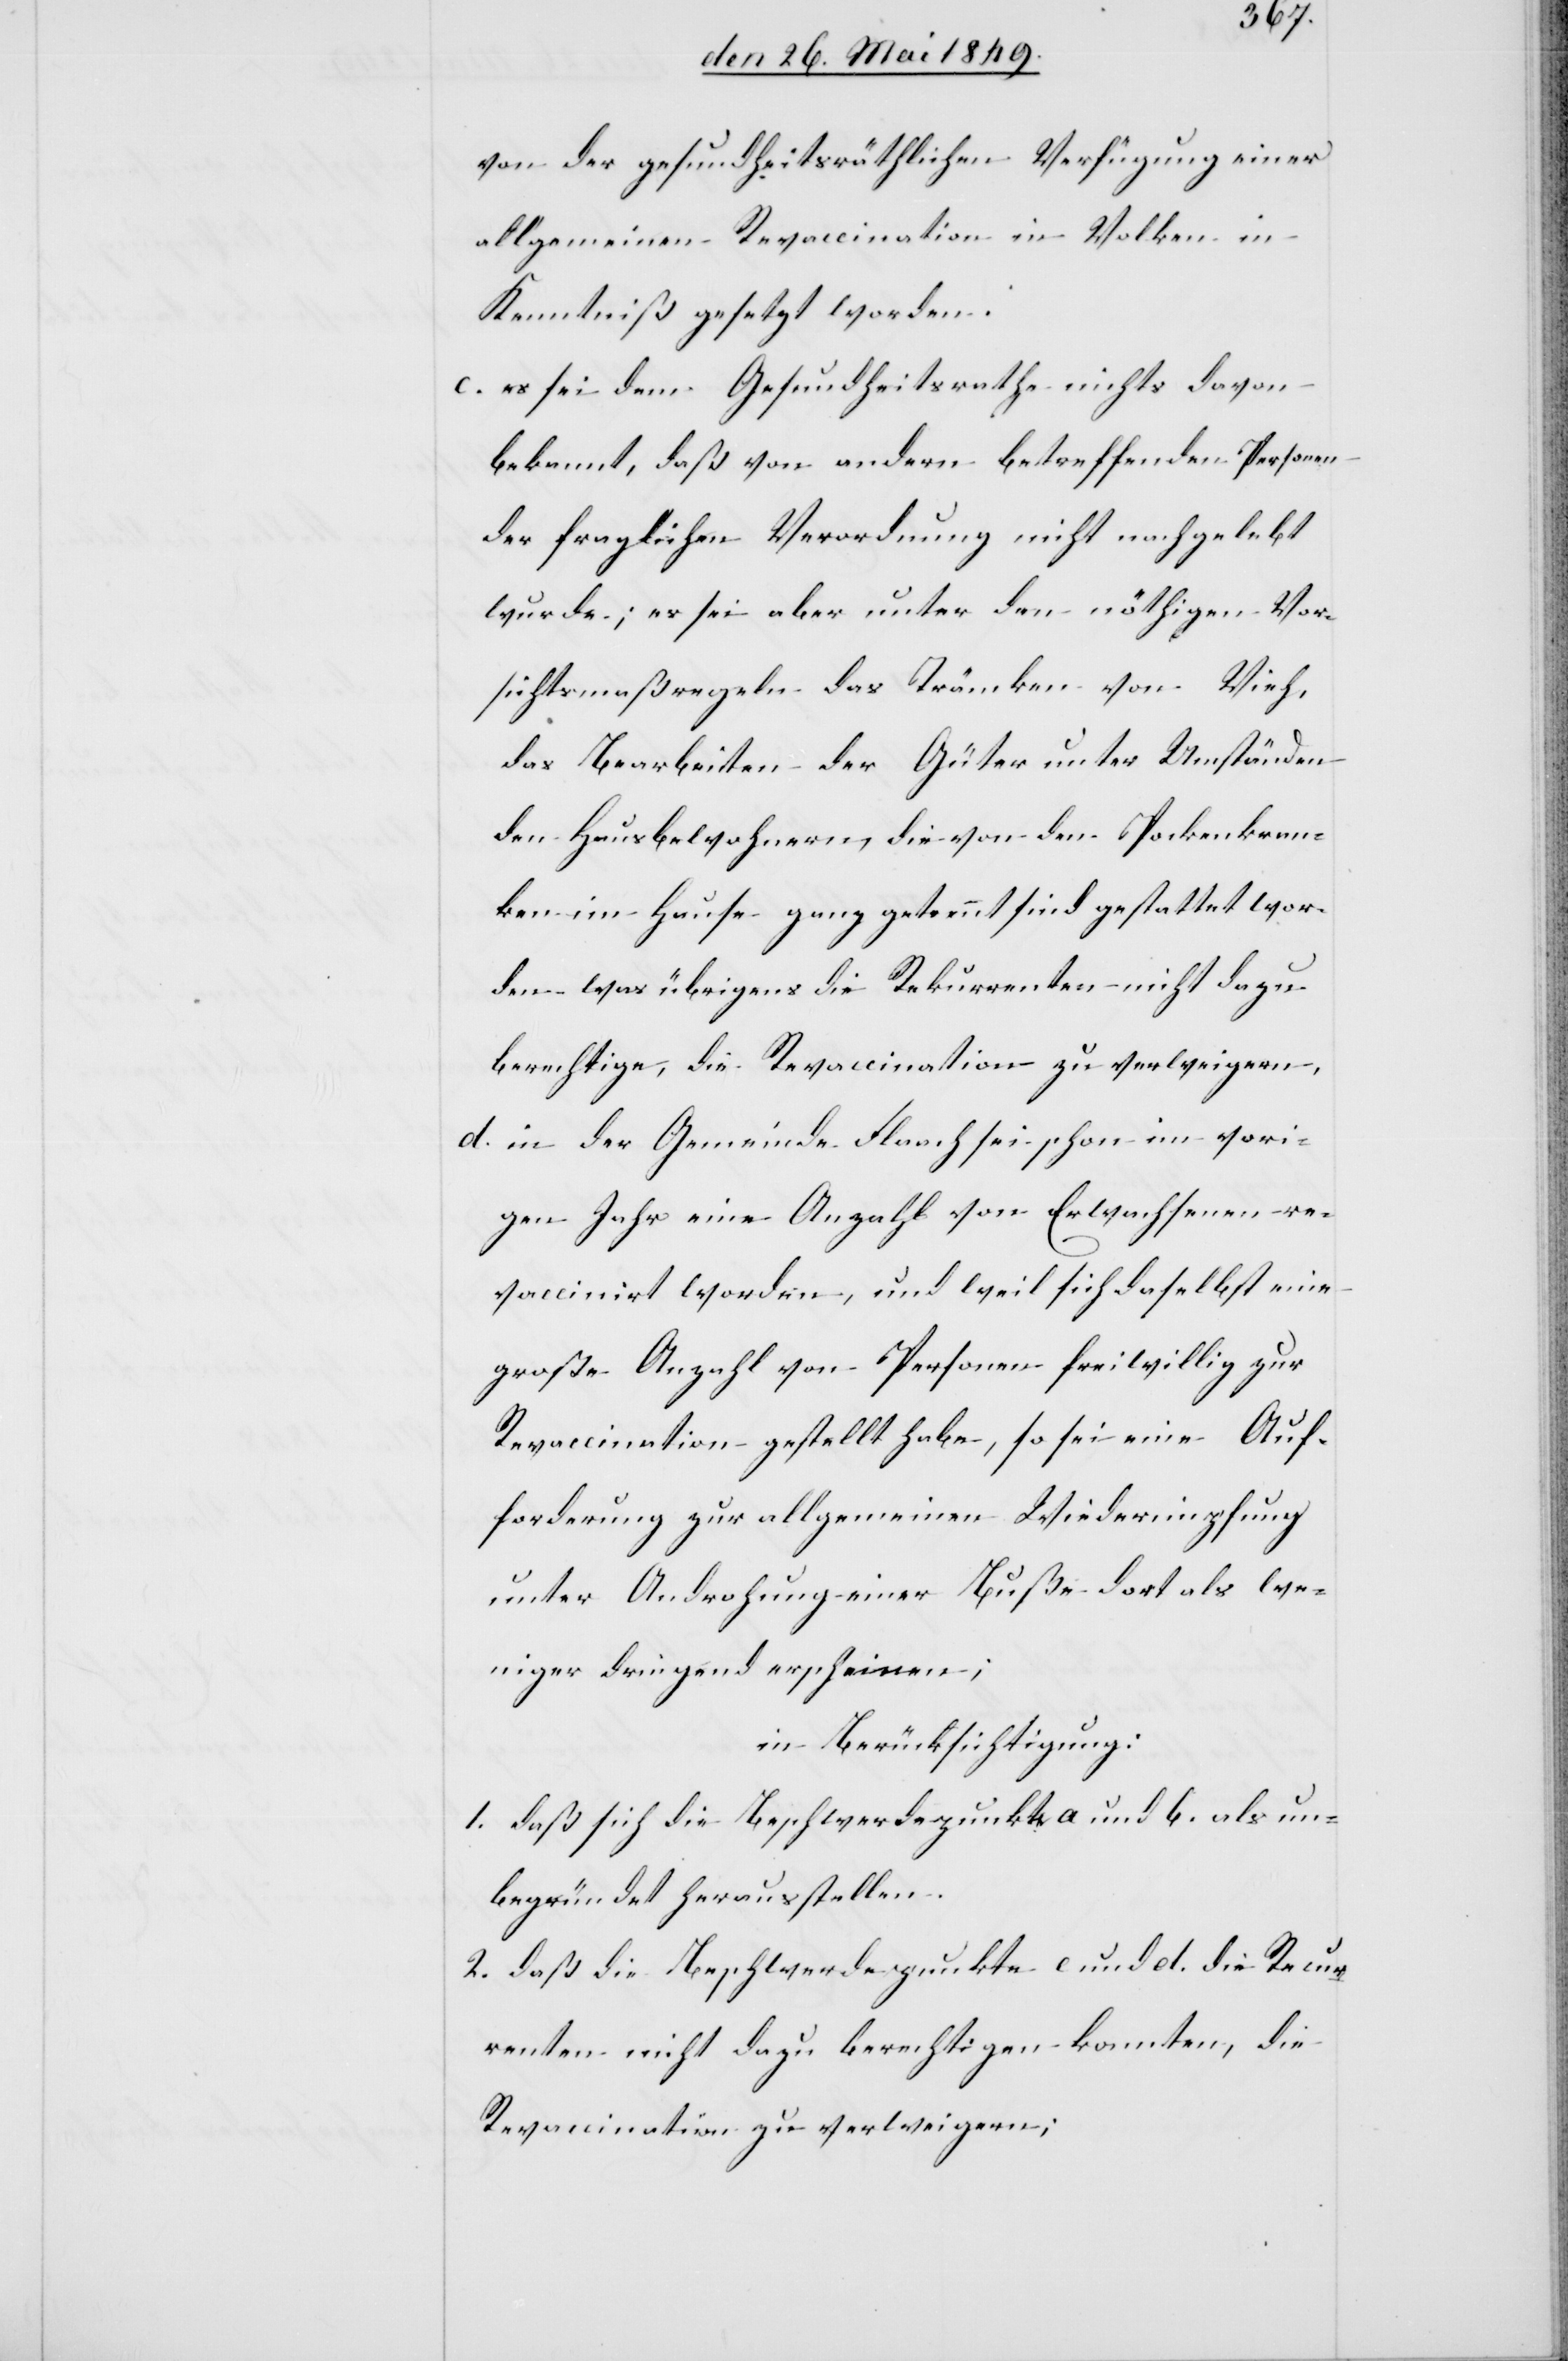
von der gesundheitsräthlichen Verfügung einer
allgemeinen Revaccination in Volken in
Kenntniß gesetzt worden.
c. es sei dem Gesundheitsrathe nichts davon
bekannt, daß von andern betreffenden Personen
der fraglichen Verordnung nicht nachgelebt
wurde; es sei aber unter den nöthigen Vor¬
sichtsmaßregeln das Träncken von Vieh,
das Bearbeiten der Güter unter Umständen
den Hausbewohnern, die von den Pockenkran¬
ken im Hause ganz getrennt sind gestattet wor¬
den, was übrigens die Rekurrenten nicht dazu
berechtige, die Revaccination zu verweigern,
d. in der Gemeinde Flaach sei schon im vori¬
gen Jahr eine Anzahl von Erwachsenen re¬
vaccinirt worden, und weil sich daselbst eine
große Anzahl von Personen freiwillig zur
Revaccination gestellt habe, so sei eine Auf¬
forderung zur allgemeinen Wiederimpfung
unter Androhung einer Buße dort als we¬
niger dringend erscheinen;
in Berücksichtigung:
1. daß sich die Beschwerdepunkt[e] a und b. als un¬
begründet herausstellen.
2. daß die Beschwerdepunkte c und d. die Recur¬
renten nicht dazu berechtigen konnten, die
Revaccination zu verweigern;